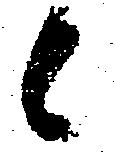
候